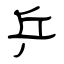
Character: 乒